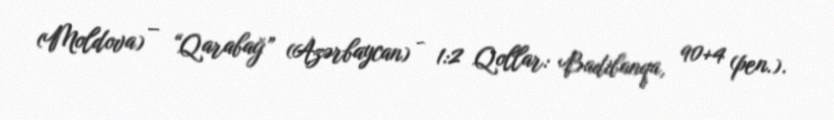
(Moldova) – “Qarabağ” (Azərbaycan) - 1:2 Qollar: Badibanqa, 90+4 (pen.).